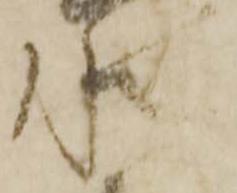
水